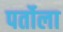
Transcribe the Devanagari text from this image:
पर्तोला